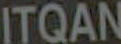
ITQAN